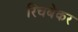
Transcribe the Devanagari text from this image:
रिचबेकर